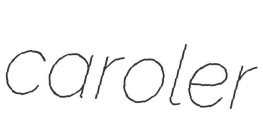
caroler